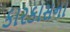
કારકાસના